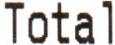
TOTAL